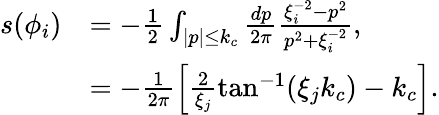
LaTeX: \begin{array}{rl}{s(\phi_{i})}&{=-\frac{1}{2}\int_{|p|\leq k_{c}}\frac{dp}{2\pi}\frac{\xi_{i}^{-2}-p^{2}}{p^{2}+\xi_{i}^{-2}},}\\ &{=-\frac{1}{2\pi}\left[\frac{2}{\xi_{j}}\mathrm{tan}^{-1}(\xi_{j}k_{c})-k_{c}\right].}\end{array}